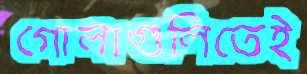
গোলাগুলিতেই